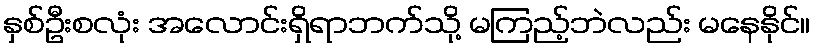
နှစ်ဦးစလုံး အလောင်းရှိရာဘက်သို့ မကြည့်ဘဲလည်း မနေနိုင်။